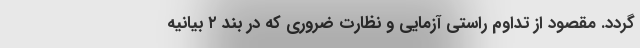
گردد. مقصود از تداوم راستی آزمایی و نظارت ضروری که در بند ۲ بیانیه